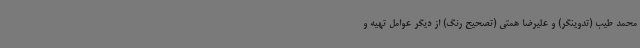
محمد طیب (تدوینگر) و علیرضا همتی (تصحیح رنگ) از دیگر عوامل تهیه و